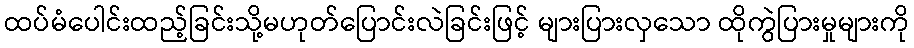
ထပ်မံပေါင်းထည့်ခြင်းသို့မဟုတ်ပြောင်းလဲခြင်းဖြင့် များပြားလှသော ထိုကွဲပြားမှုများကို